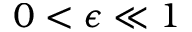
0 < \epsilon \ll 1